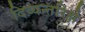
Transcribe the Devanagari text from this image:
दिव्यन्तरिक्षे